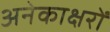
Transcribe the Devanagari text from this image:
अनेकाक्षरों